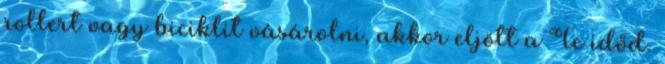
rollert vagy biciklit vásárolni, akkor eljött a Te időd.